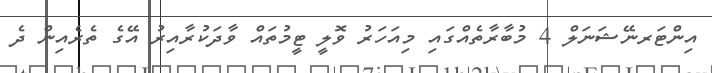
އިންޓަރނޭޝަނަލް 4 މުބާރާތެއްގައި މިއަހަރު ވޮލީ ޓީމުތައް ވާދަކުރާއިރު އޭގެ ތެރެއިން ދެ